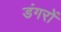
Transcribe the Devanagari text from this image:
डंगरों